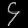
Digit: ၄